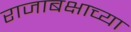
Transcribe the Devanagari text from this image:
राजाबक्षाच्या